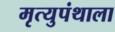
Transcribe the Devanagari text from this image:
मृत्युपंथाला